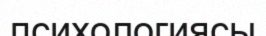
психологиясы